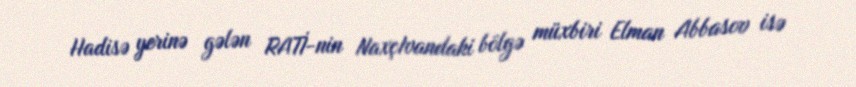
Hadisə yerinə gələn RATİ-nin NaxçIvandaki bölgə müxbiri Elman Abbasov isə